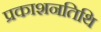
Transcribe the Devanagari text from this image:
प्रकाशनतिथि